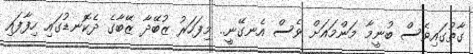
ގާތުގައިވެސް ބުނީމާ މަންމައަށް ވެސް އެނގޭނީ.. މިފަހަރު ޒުބޭދާ ޒޭބާގެ ދެކޮނޑުގައި ހިފާފައި